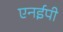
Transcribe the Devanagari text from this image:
एनईपी